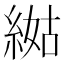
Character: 𦁿